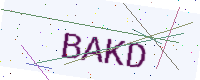
Text: BAKD